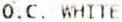
O.C. WHITE